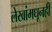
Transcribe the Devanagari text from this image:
लेखांमधूनही